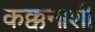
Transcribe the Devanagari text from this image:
कक्कनाशी